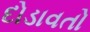
દોડાવતો